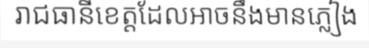
រាជធានីខេត្តដែលអាចនឹងមានភ្លៀង